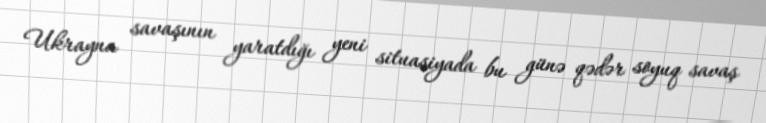
Ukrayna savaşının yaratdığı yeni situasiyada bu günə qədər soyuq savaş